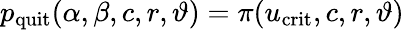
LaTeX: p_{\mathrm{quit}}(\alpha,\beta,c,r,\vartheta)=\pi(u_{\mathrm{crit}},c,r,\vartheta)